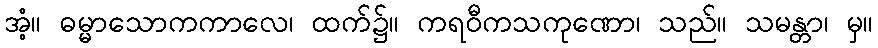
အံ့။ ဓမ္မာသောကကာလေ၊ ထက်၌။ ကရဝီကသကုဏော၊ သည်။ သမန္တာ၊ မှ။